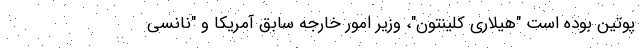
پوتین بوده است "هیلاری کلینتون"، وزیر امور خارجه سابق آمریکا و "نانسی